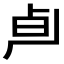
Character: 𰆄